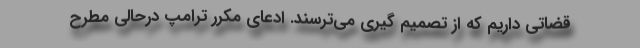
قضاتی داریم که از تصمیم گیری می‌ترسند. ادعای مکرر ترامپ درحالی مطرح